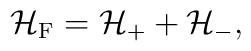
{\cal H}_{\rm F} = {\cal H}_{+} + {\cal H}_{-} ,